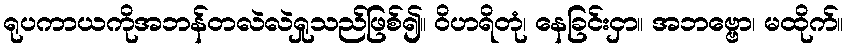
ရုပကာယကိုအဘန်တလဲလဲရှုသည်ဖြစ်၍။ ဝိဟရိတုံ၊ နေခြင်းငှာ။ အဘဗ္ဗော၊ မထိုက်။